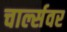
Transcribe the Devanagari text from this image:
चार्ल्सवर